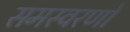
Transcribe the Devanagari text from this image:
समस्वरणों